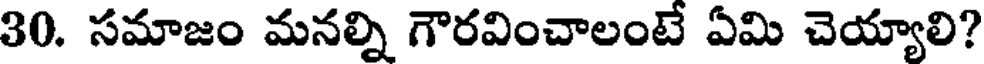
30. సమాజం మనల్ని గౌరవించాలంటే ఏమి చెయ్యాలి?